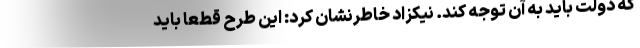
که دولت باید به آن توجه کند. نیکزاد خاطرنشان کرد: این طرح قطعا باید